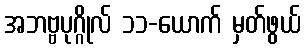
အဘဗ္ဗပုဂ္ဂိုလ် ၁၁-ယောက် မှတ်ဖွယ်